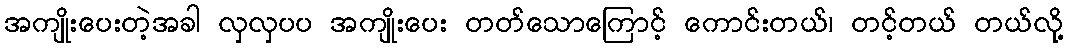
အကျိုးပေးတဲ့အခါ လှလှပပ အကျိုးပေး တတ်သောကြောင့် ကောင်းတယ်၊ တင့်တယ် တယ်လို့